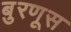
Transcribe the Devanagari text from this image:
बुरणूस